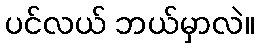
ပင်လယ် ဘယ်မှာလဲ။